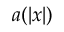
a ( \left\vert x \right\vert )